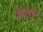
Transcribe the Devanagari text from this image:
पितृभूचा